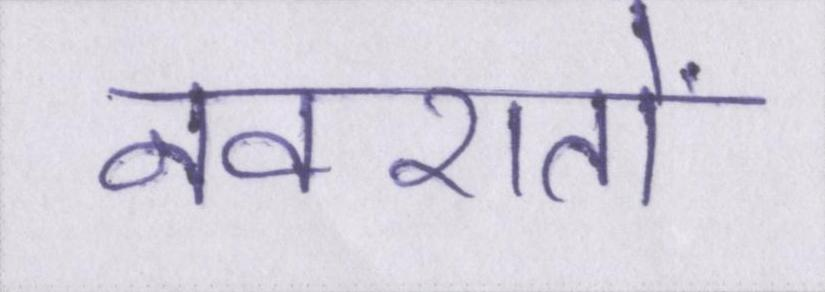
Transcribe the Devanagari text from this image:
नवरातों